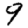
Digit: 9